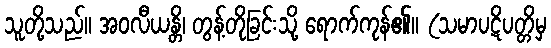
သူတို့သည်။ အဝလီယန္တိ၊ တွန့်တိုခြင်းသို့ ရောက်ကုန်၏။ (သမာပဋိပတ္တိမှ